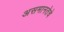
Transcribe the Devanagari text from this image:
असमानतेचे